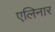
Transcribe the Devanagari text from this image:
एलिनार